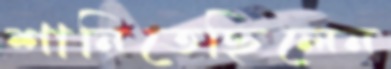
শানিতেছিলেন